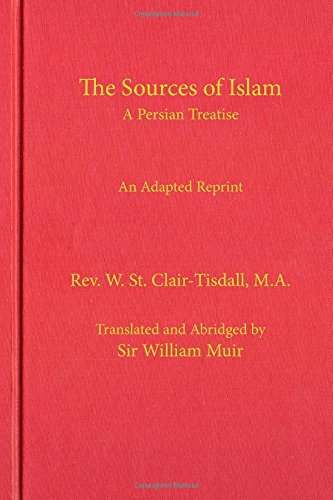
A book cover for The Sources of Islam: An Abridged Reprint; Bill Warner; Religion & Spirituality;